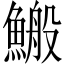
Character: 𩺪